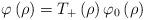
LaTeX: \begin{align*}\varphi\left( \rho\right) =T_{+}\left( \rho\right) \varphi_{0}\left(\rho\right) \end{align*}